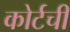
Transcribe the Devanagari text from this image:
कोर्टची